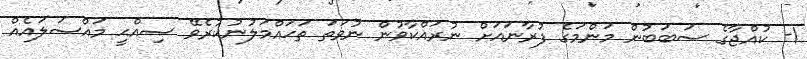
1- ކުއްޖާގެ ސަބަބުން މަންމަގެ ފުރާނައަށް ނުރައްކާވުން ނުވަތަ ތަޙައްމަލުނުކުރެވޭ ޞިއްޙީ މައްސަލައެއް